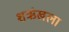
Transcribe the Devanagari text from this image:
शऋंखला